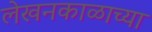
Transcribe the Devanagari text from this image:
लेखनकाळाच्या